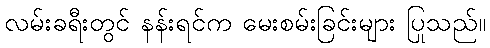
လမ်းခရီးတွင် နန်းရင်က မေးစမ်းခြင်းများ ပြုသည်။